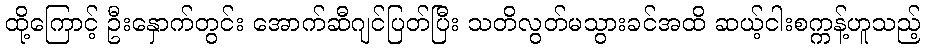
ထို့ကြောင့် ဦးနှောက်တွင်း အောက်ဆီဂျင်ပြတ်ပြီး သတိလွတ်မသွားခင်အထိ ဆယ့်ငါးစက္ကန့်ဟူသည့်